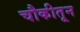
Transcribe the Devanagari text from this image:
चौकीतून